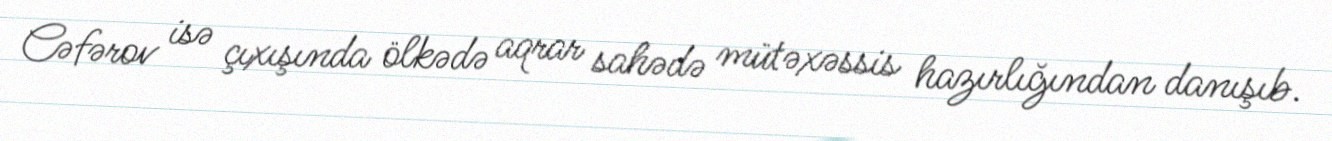
Cəfərov isə çıxışında ölkədə aqrar sahədə mütəxəssis hazırlığından danışıb.